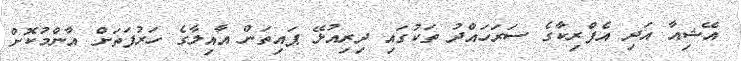
އޭޝިއާ އަދި އެފްރިކާގެ ސަރަހައްދު ތަކުގައި ދިރިއުޅޭ ޕައިތަން އާއިލާގެ ހަރުފަތަށް އާންމުކޮށް